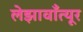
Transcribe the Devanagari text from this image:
लेझावाँत्यूर